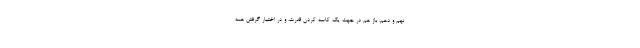
نهم و دهم، باز هم در جهت يك كاسه كردن قدرت، و در اختيار گرفتن همه